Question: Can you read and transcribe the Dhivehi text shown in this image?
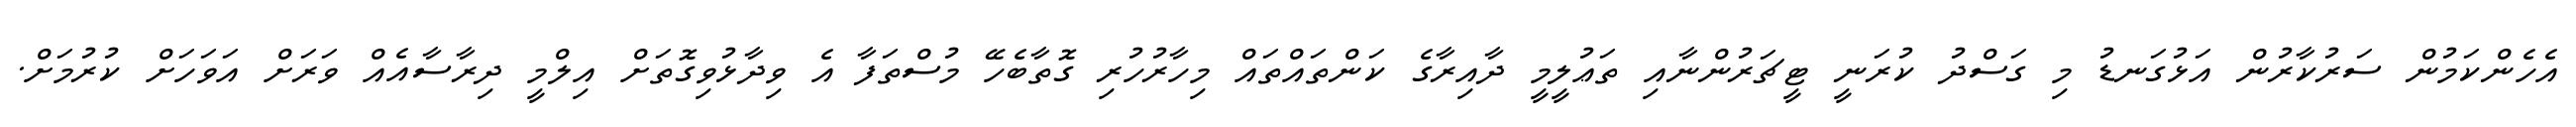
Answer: އެހެންކަމުން ސަރުކާރުން އަޅުގަނޑު މި ގަސްދު ކުރަނީ ޓީޗަރުންނާއި ތަޢުލީމީ ދާއިރާގެ ކަންތައްތައް މިހާރުހުރި ގޮތާބެހޭ މުސްތަފާ އެ ވިދާޅުވިގޮތަށް އިލްމީ ދިރާސާއެއް ވަރަށް އަވަހަށް ކުރުމަށް.